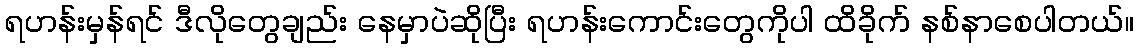
ရဟန်းမှန်ရင် ဒီလိုတွေချည်း နေမှာပဲဆိုပြီး ရဟန်းကောင်းတွေကိုပါ ထိခိုက် နစ်နာစေပါတယ်။